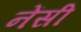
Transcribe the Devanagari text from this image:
नेंसी